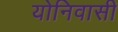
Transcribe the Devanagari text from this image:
योनिवासी